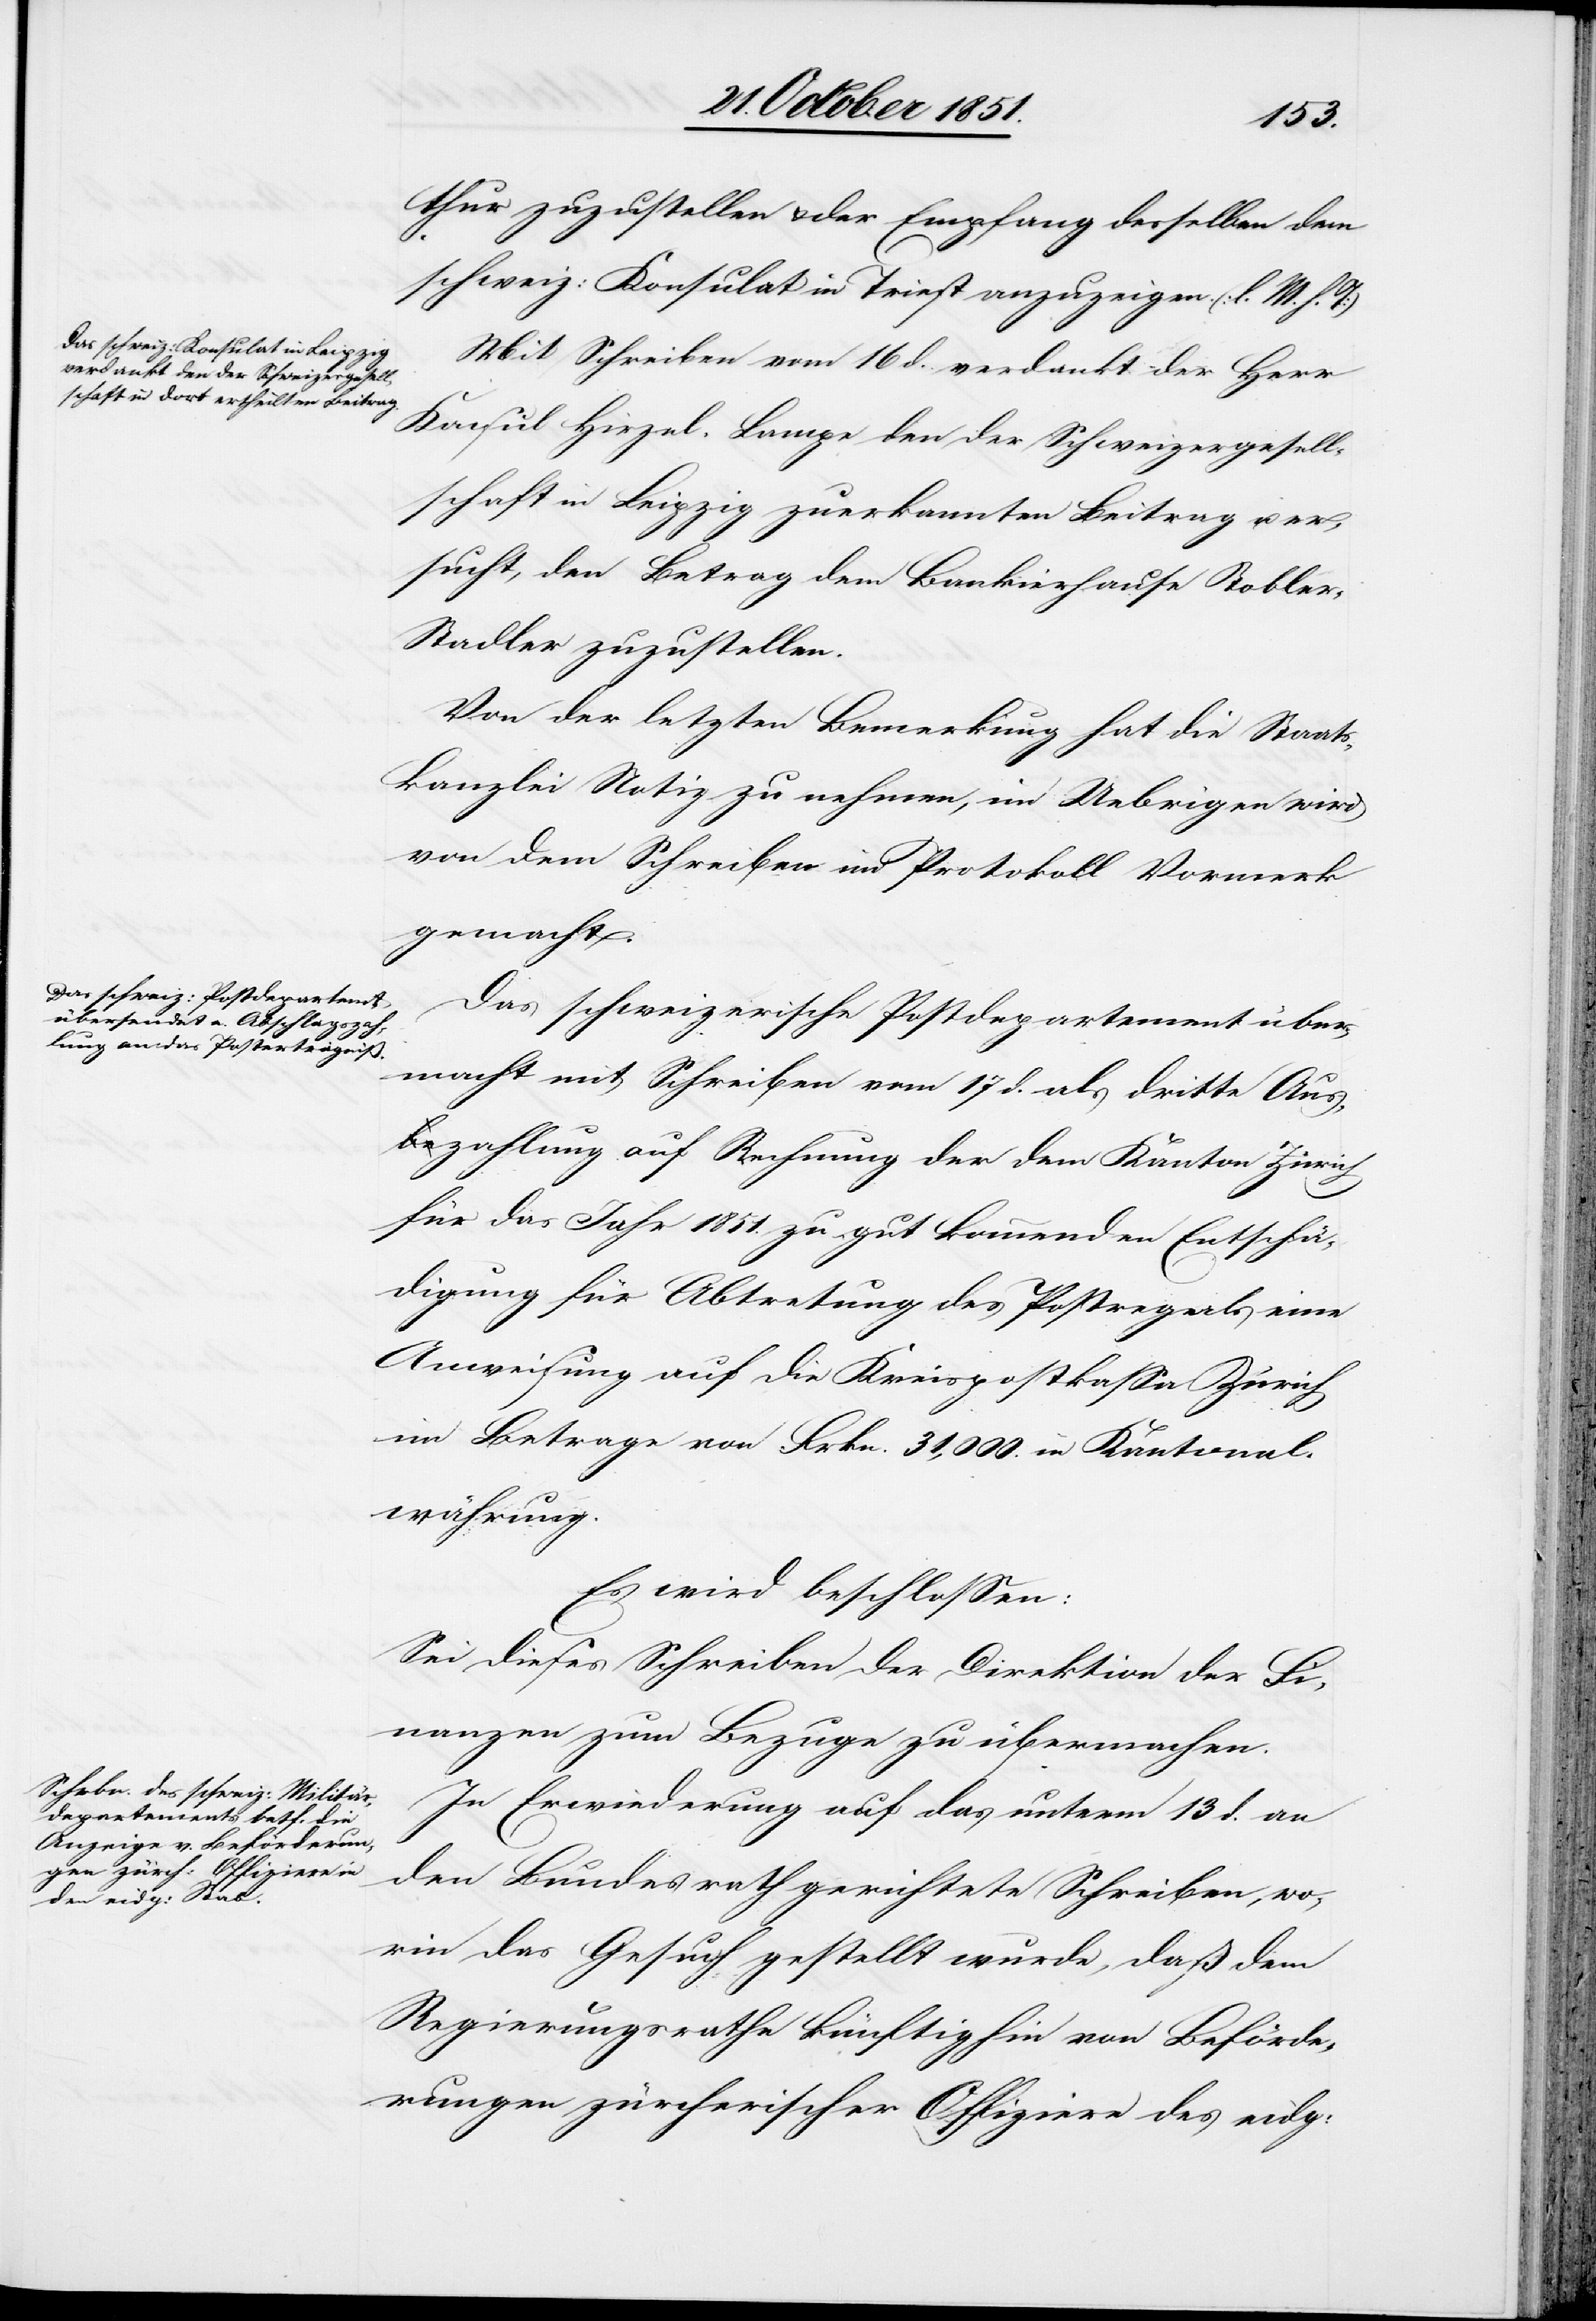
thur zuzustellen & der Empfang desselben dem
schweiz: Konsulat in Triest anzuzeigen. (l. M. h. T)
Mit Schreiben vom 16 d. verdankt der Herr
Konsul Hirzel-Lampe den der Schweizergesell¬
schaft in Leipzig zuerkannten Beitrag u. er¬
sucht, den Betrag dem Bankierhause Toble¬
r-Stadler zuzustellen.
Von der letzten Bemerkung hat die Staats¬
kanzlei Notiz zu nehmen, im Uebrigen wird
von dem Schreiben im Protokoll Vormerk
gemacht.
Das schweizerische Postdepartement über¬
macht mit Schreiben vom 17 d. als dritte Aus¬
zahlung auf Rechnung der dem Kanton Zürich
für das Jahr 1851. zu gut kommenden Entschä¬
digung für Abtretung des Postregals eine
Anweisung auf die Kreispostkassa Zürich
im Betrage von Frkn. 31,000. in Kantonal¬
währung.
Es wird beschlossen:
Sei dieses Schreiben der Direktion der Fi¬
nanzen zum Bezuge zu übermachen.
In Erwiederung auf das unterm 13 d. an
den Bundesrath gerichtete Schreiben, wo¬
rin das Gesuch gestellt wurde, daß dem
Regierungsrathe künftighin von Beförde¬
rungen zürcherischer Offiziere des eidg: